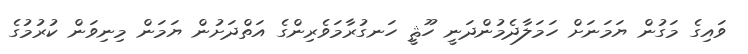
ވައިގެ މަގުން ޔަމަނަށް ހަމަލާދެމުންދަނީ ހޫޘީ ހަނގުރާމަވެރިންގެ އަތްދަށުން ޔަމަން މިނިވަން ކުރުމުގެ